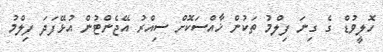
ހޮލީވުޑް ގެ ގިނަ ފިލްމު ތަކުން ޚާއްސަކޮށް ސިއްރު އޭޖެންޓުން އުޅޭފަދަ ފިލްމު